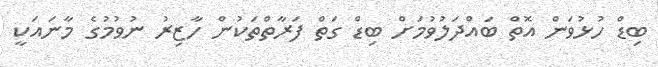
ބިޑް ހުޅުވަން އޮތް ބައްދަލުވުމަށް ބިޑް ގަތް ފަރާތްތަކުން ހާޒިރު ނުވުމުގެ މާނައަކީ